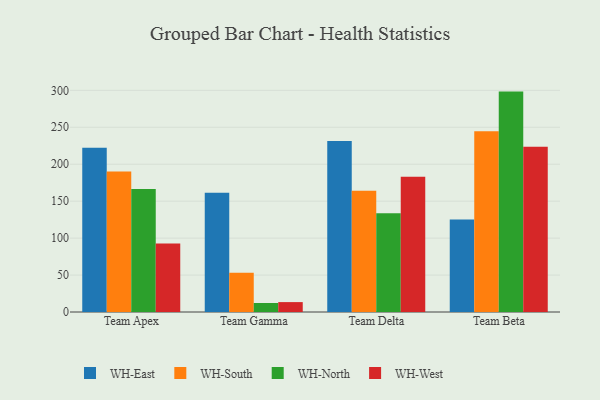
{"axis": {"x": "Team", "y": "Gross Profit (USD K)"}, "legend": ["WH-East", "WH-North", "WH-South", "WH-West"], "data": [{"x": "Team Apex", "y": 222.2, "type": "WH-East"}, {"x": "Team Apex", "y": 190.0, "type": "WH-South"}, {"x": "Team Apex", "y": 166.4, "type": "WH-North"}, {"x": "Team Apex", "y": 92.8, "type": "WH-West"}, {"x": "Team Gamma", "y": 161.4, "type": "WH-East"}, {"x": "Team Gamma", "y": 53.1, "type": "WH-South"}, {"x": "Team Gamma", "y": 12.2, "type": "WH-North"}, {"x": "Team Gamma", "y": 13.4, "type": "WH-West"}, {"x": "Team Delta", "y": 231.6, "type": "WH-East"}, {"x": "Team Delta", "y": 164.1, "type": "WH-South"}, {"x": "Team Delta", "y": 133.6, "type": "WH-North"}, {"x": "Team Delta", "y": 183.0, "type": "WH-West"}, {"x": "Team Beta", "y": 125.3, "type": "WH-East"}, {"x": "Team Beta", "y": 244.5, "type": "WH-South"}, {"x": "Team Beta", "y": 298.3, "type": "WH-North"}, {"x": "Team Beta", "y": 223.5, "type": "WH-West"}]}